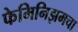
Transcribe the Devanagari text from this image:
फेमिनिझमचा